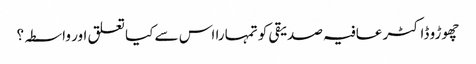
چھوڑو ڈاکٹر عافیہ صدیقی کو تمہارا اس سے کیا تعلق اور واسطہ؟